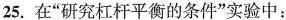
25.在”研究杠杆平衡的条件”实验中：